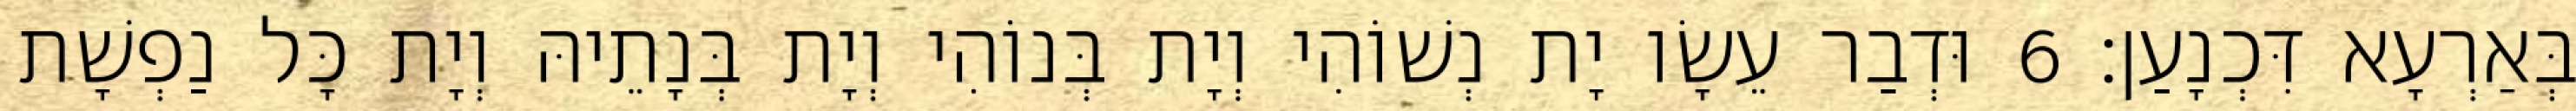
בְּאַרְעָא דִּכְנָעַן׃ 6 וּדְבַר עֵשָׂו יָת נְשׁוֹהִי וְיָת בְּנוֹהִי וְיָת בְּנָתֵיהּ וְיָת כָּל נַפְשָׁת